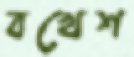
বখেশ